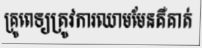
គ្រូពេទ្យត្រូវការឈាមមែនគឺគាត់